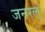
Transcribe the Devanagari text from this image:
जनरल्